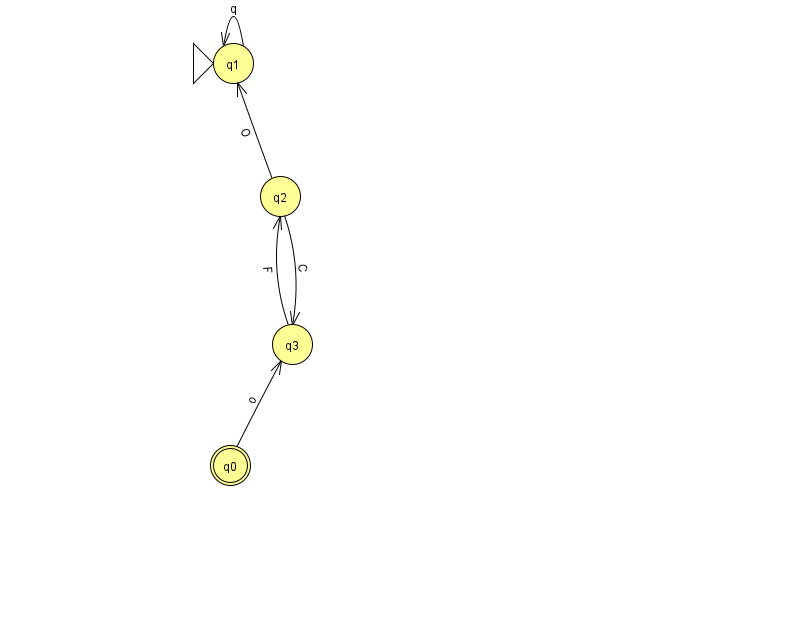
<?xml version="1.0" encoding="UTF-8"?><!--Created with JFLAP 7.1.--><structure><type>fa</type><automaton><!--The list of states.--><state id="0" name="q0"><x>230.0</x><y>452.0</y><final/></state><state id="1" name="q1"><x>233.0</x><y>50.0</y><initial/></state><state id="2" name="q2"><x>280.0</x><y>183.0</y></state><state id="3" name="q3"><x>292.0</x><y>331.0</y></state><!--The list of transitions.--><transition><from>1</from><to>1</to><read>q</read></transition><transition><from>2</from><to>1</to><read>O</read></transition><transition><from>0</from><to>3</to><read>o</read></transition><transition><from>3</from><to>2</to><read>F</read></transition><transition><from>2</from><to>3</to><read>C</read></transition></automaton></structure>